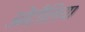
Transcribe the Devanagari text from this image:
ओटीलिया